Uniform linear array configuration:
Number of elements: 32
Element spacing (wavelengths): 0.75
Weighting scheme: blackman
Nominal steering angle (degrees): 15
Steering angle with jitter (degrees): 15.617
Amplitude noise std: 0.05
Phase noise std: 0.05

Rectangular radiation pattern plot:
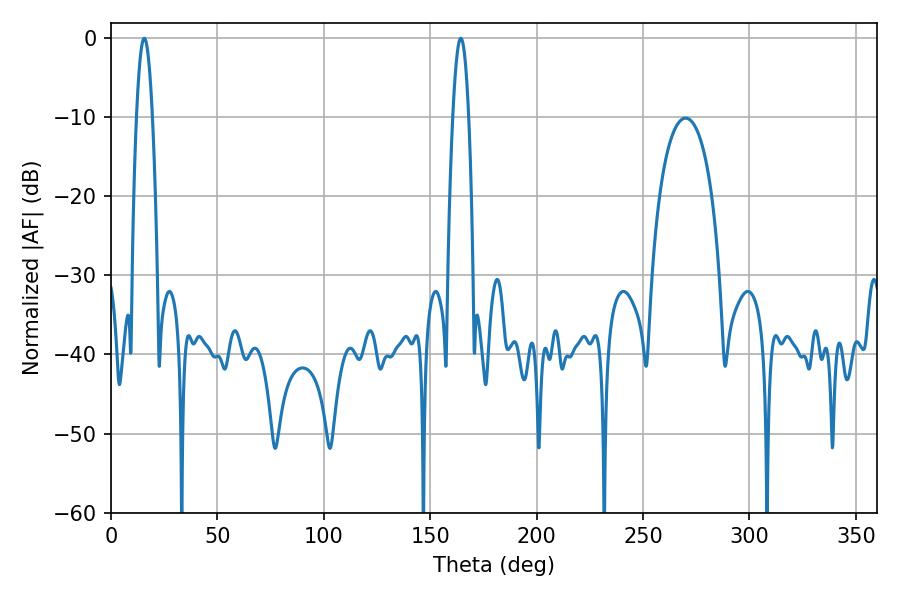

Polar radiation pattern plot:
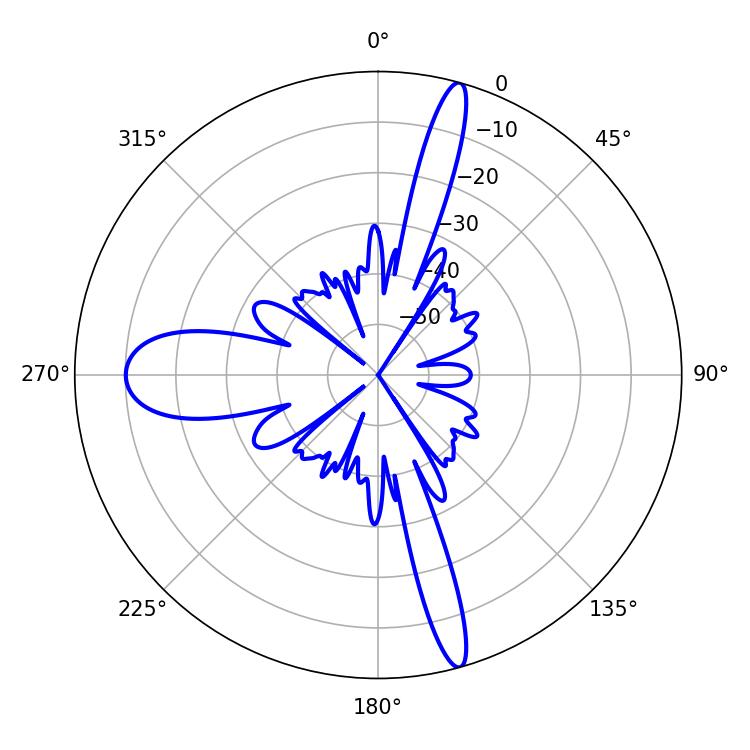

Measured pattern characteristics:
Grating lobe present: TRUE
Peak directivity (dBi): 20.873
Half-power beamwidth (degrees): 3.96
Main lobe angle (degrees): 164.34